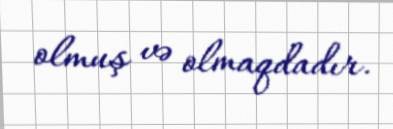
olmuş və olmaqdadır.